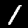
Digit: 1